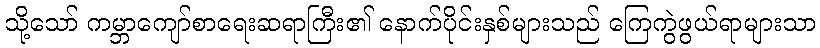
သို့သော် ကမ္ဘာကျော်စာရေးဆရာကြီး၏ နောက်ပိုင်းနှစ်များသည် ကြေကွဲဖွယ်ရာများသာ